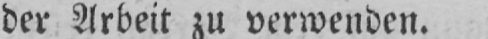
der Arbeit zu verwenden.